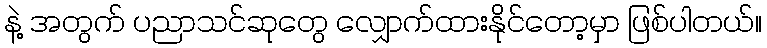
နဲ့ အတွက် ပညာသင်ဆုတွေ လျှောက်ထားနိုင်တော့မှာ ဖြစ်ပါတယ်။